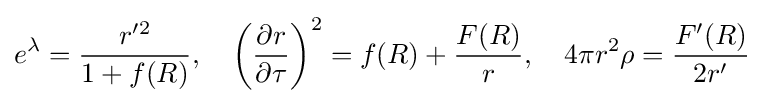
e^{\lambda }={\frac {r'^{2}}{1+f(R)}},\quad \left({\frac {\partial r}{\partial \tau }}\right)^{2}=f(R)+{\frac {F(R)}{r}},\quad 4\pi r^{2}\rho ={\frac {F'(R)}{2r'}}